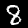
Digit: 8